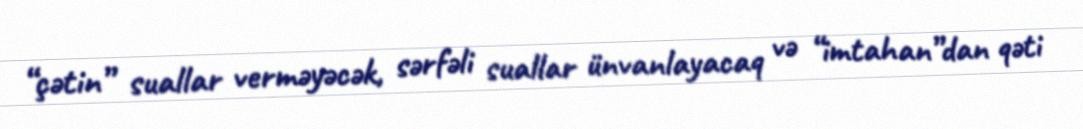
“çətin” suallar verməyəcək, sərfəli suallar ünvanlayacaq və “imtahan”dan qəti